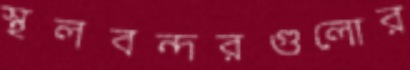
স্থলবন্দরগুলোর